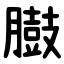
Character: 臌